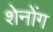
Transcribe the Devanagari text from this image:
शेनोंग